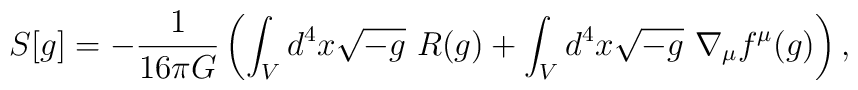
S[g]=-\frac{1}{16\pi G}\left(\int_{V} d^{4}x \sqrt{-g}~ R (g)+\int _{V}d^{4}x \sqrt{-g}~\nabla _{\mu}f^{\mu}(g)\right),